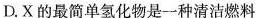
D.X的最简单氢化物是一种清洁燃料